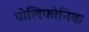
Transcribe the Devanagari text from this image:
पोलिफोनिक